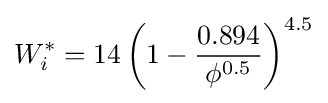
W_{i}^{*}=14\left(1-{\frac {0.894}{\phi ^{0.5}}}\right)^{4.5}